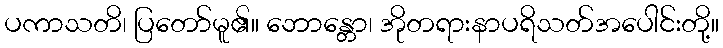
ပကာသတိ၊ ပြတော်မူ၏။ ဘောန္တော၊ အိုတရားနာပရိသတ်အပေါင်းတို့။